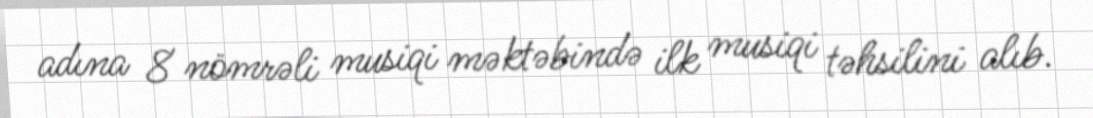
adına 8 nömrəli musiqi məktəbində ilk musiqi təhsilini alıb.